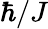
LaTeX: \hbar/J